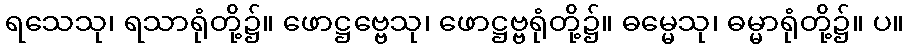
ရသေသု၊ ရသာရုံတို့၌။ ဖောဋ္ဌဗ္ဗေသု၊ ဖောဋ္ဌဗ္ဗရုံတို့၌။ ဓမ္မေသု၊ ဓမ္မာရုံတို့၌။ ပ။